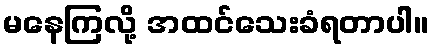
မနေကြလို့ အထင်သေးခံရတာပါ။